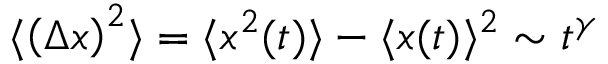
\langle \left( \Delta x \right) ^ { 2 } \rangle = \langle x ^ { 2 } ( t ) \rangle - \langle x ( t ) \rangle ^ { 2 } \sim t ^ { \gamma }